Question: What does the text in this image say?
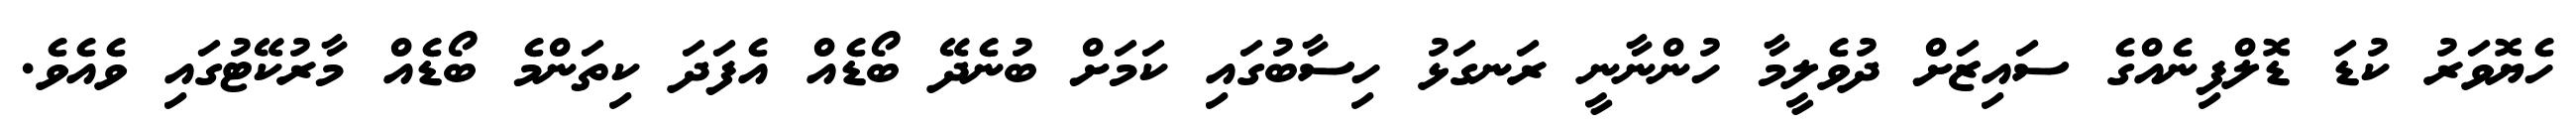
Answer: ހެޔޮވަރު ކުޑަ ޑޮލްފިނެއްގެ ސައިޒަށް ދުވެލީމާ ހުންނާނީ ރަނގަޅު ހިސާބުގައި ކަމަށް ބުނެދޭ ބޯޑެއް އެފަދަ ކިތަންމެ ބޯޑެއް މާރުކޭޓުގައި ވެއެވެ.